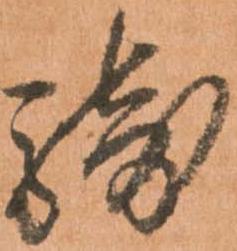
騎